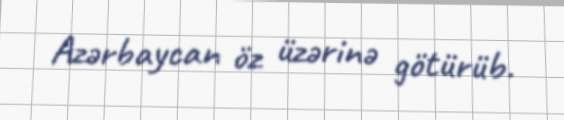
Azərbaycan öz üzərinə götürüb.